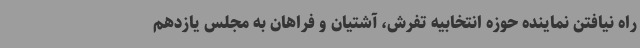
راه نیافتن نماینده حوزه انتخابیه تفرش، آشتیان و فراهان به مجلس یازدهم